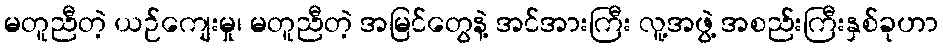
မတူညီတဲ့ ယဉ်ကျေးမှု၊ မတူညီတဲ့ အမြင်တွေနဲ့ အင်အားကြီး လူ့အဖွဲ့ အစည်းကြီးနှစ်ခုဟာ